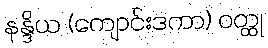
နန္ဒိယ (ကျောင်းဒကာ) ဝတ္ထု